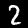
Label: 2